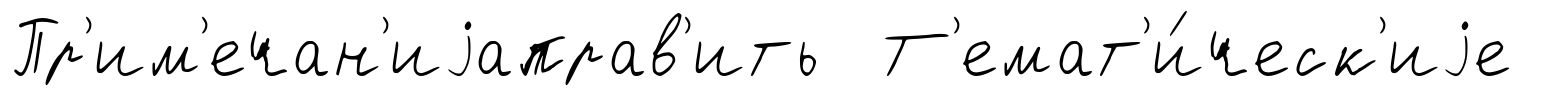
Пр'им'ечан'иjаправ'ить Т'емат'и́ческ'иjе